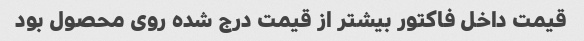
قیمت داخل فاکتور بیشتر از قیمت درج شده روی محصول بود